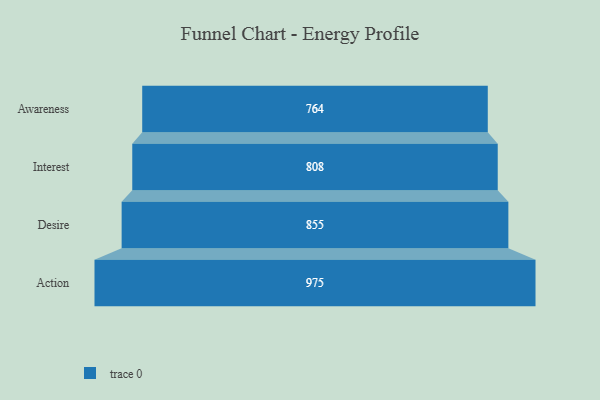
{"axis": {"x": "Stage", "y": "Value"}, "legend": [""], "data": [{"x": "Awareness", "y": 764.0, "type": ""}, {"x": "Interest", "y": 808.0, "type": ""}, {"x": "Desire", "y": 855.0, "type": ""}, {"x": "Action", "y": 975.0, "type": ""}]}